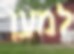
למען